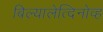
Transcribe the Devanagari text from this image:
बिल्यालेत्दिनोव्ह